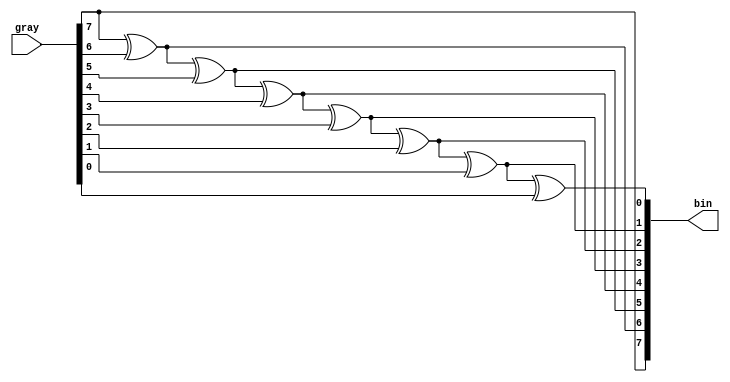
// Copyright 2007 Altera Corporation. All rights reserved.  
// Altera products are protected under numerous U.S. and foreign patents, 
// maskwork rights, copyrights and other intellectual property laws.  
//
// This reference design file, and your use thereof, is subject to and governed
// by the terms and conditions of the applicable Altera Reference Design 
// License Agreement (either as signed by you or found at www.altera.com).  By
// using this reference design file, you indicate your acceptance of such terms
// and conditions between you and Altera Corporation.  In the event that you do
// not agree with such terms and conditions, you may not use the reference 
// design file and please promptly destroy any copies you have made.
//
// This reference design file is being provided on an "as-is" basis and as an 
// accommodation and therefore all warranties, representations or guarantees of 
// any kind (whether express, implied or statutory) including, without 
// limitation, warranties of merchantability, non-infringement, or fitness for
// a particular purpose, are specifically disclaimed.  By making this reference
// design file available, Altera expressly does not recommend, suggest or 
// require that this reference design file be used in combination with any 
// other product not provided by Altera.
/////////////////////////////////////////////////////////////////////////////

// output bits are an XOR function of more significant bits, the
// area required may increase somewhat irregularly with WIDTH
// as the synthesis tool selects different area / depth tradeoffs

module gray_to_bin (gray,bin);

parameter WIDTH = 8;

input [WIDTH-1:0] gray;
output [WIDTH-1:0] bin;
wire [WIDTH-1:0] bin;

assign bin[WIDTH-1] = gray[WIDTH-1];
genvar i;
generate
for (i=WIDTH-2; i>=0; i=i-1)
  begin: gry_to_bin
    assign bin[i] = bin[i+1] ^ gray[i];
  end
endgenerate

endmodule